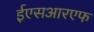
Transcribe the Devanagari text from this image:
ईएसआरएफ